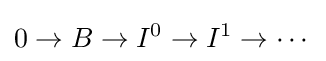
0\rightarrow B\rightarrow I^{0}\rightarrow I^{1}\rightarrow \cdots